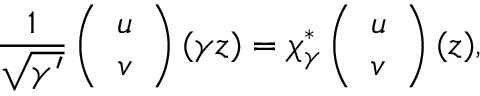
{ \frac { 1 } { \sqrt { \gamma ^ { \prime } } } } \left( \begin{array} { c } { { u } } \\ { { v } } \end{array} \right) ( \gamma z ) = \chi _ { \gamma } ^ { * } \left( \begin{array} { c } { { u } } \\ { { v } } \end{array} \right) ( z ) ,